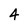
Character: 4